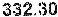
332.30